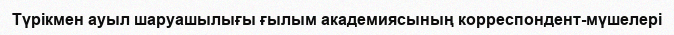
Түрікмен ауыл шаруашылығы ғылым академиясының корреспондент-мүшелері